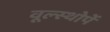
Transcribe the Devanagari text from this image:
वूल्स्थोर्पे